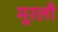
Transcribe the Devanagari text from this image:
मूरली